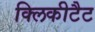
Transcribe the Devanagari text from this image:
क्लिकीटैट